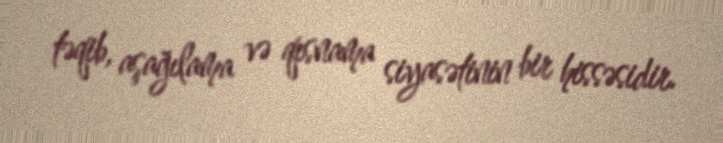
təqib, aşağılama və qısnama siyasətinin bir hissəsidir.